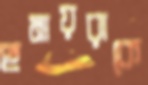
হুমায়রাকে